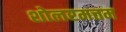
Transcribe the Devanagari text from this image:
शोलरमत्तम